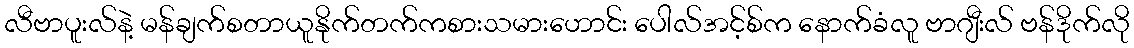
လီဗာပူးလ်နဲ့ မန်ချက်စတာယူနိုက်တက်ကစားသမားဟောင်း ပေါလ်အင့်စ်က နောက်ခံလူ ဗာဂျီးလ် ဗန်ဒိုက်လို